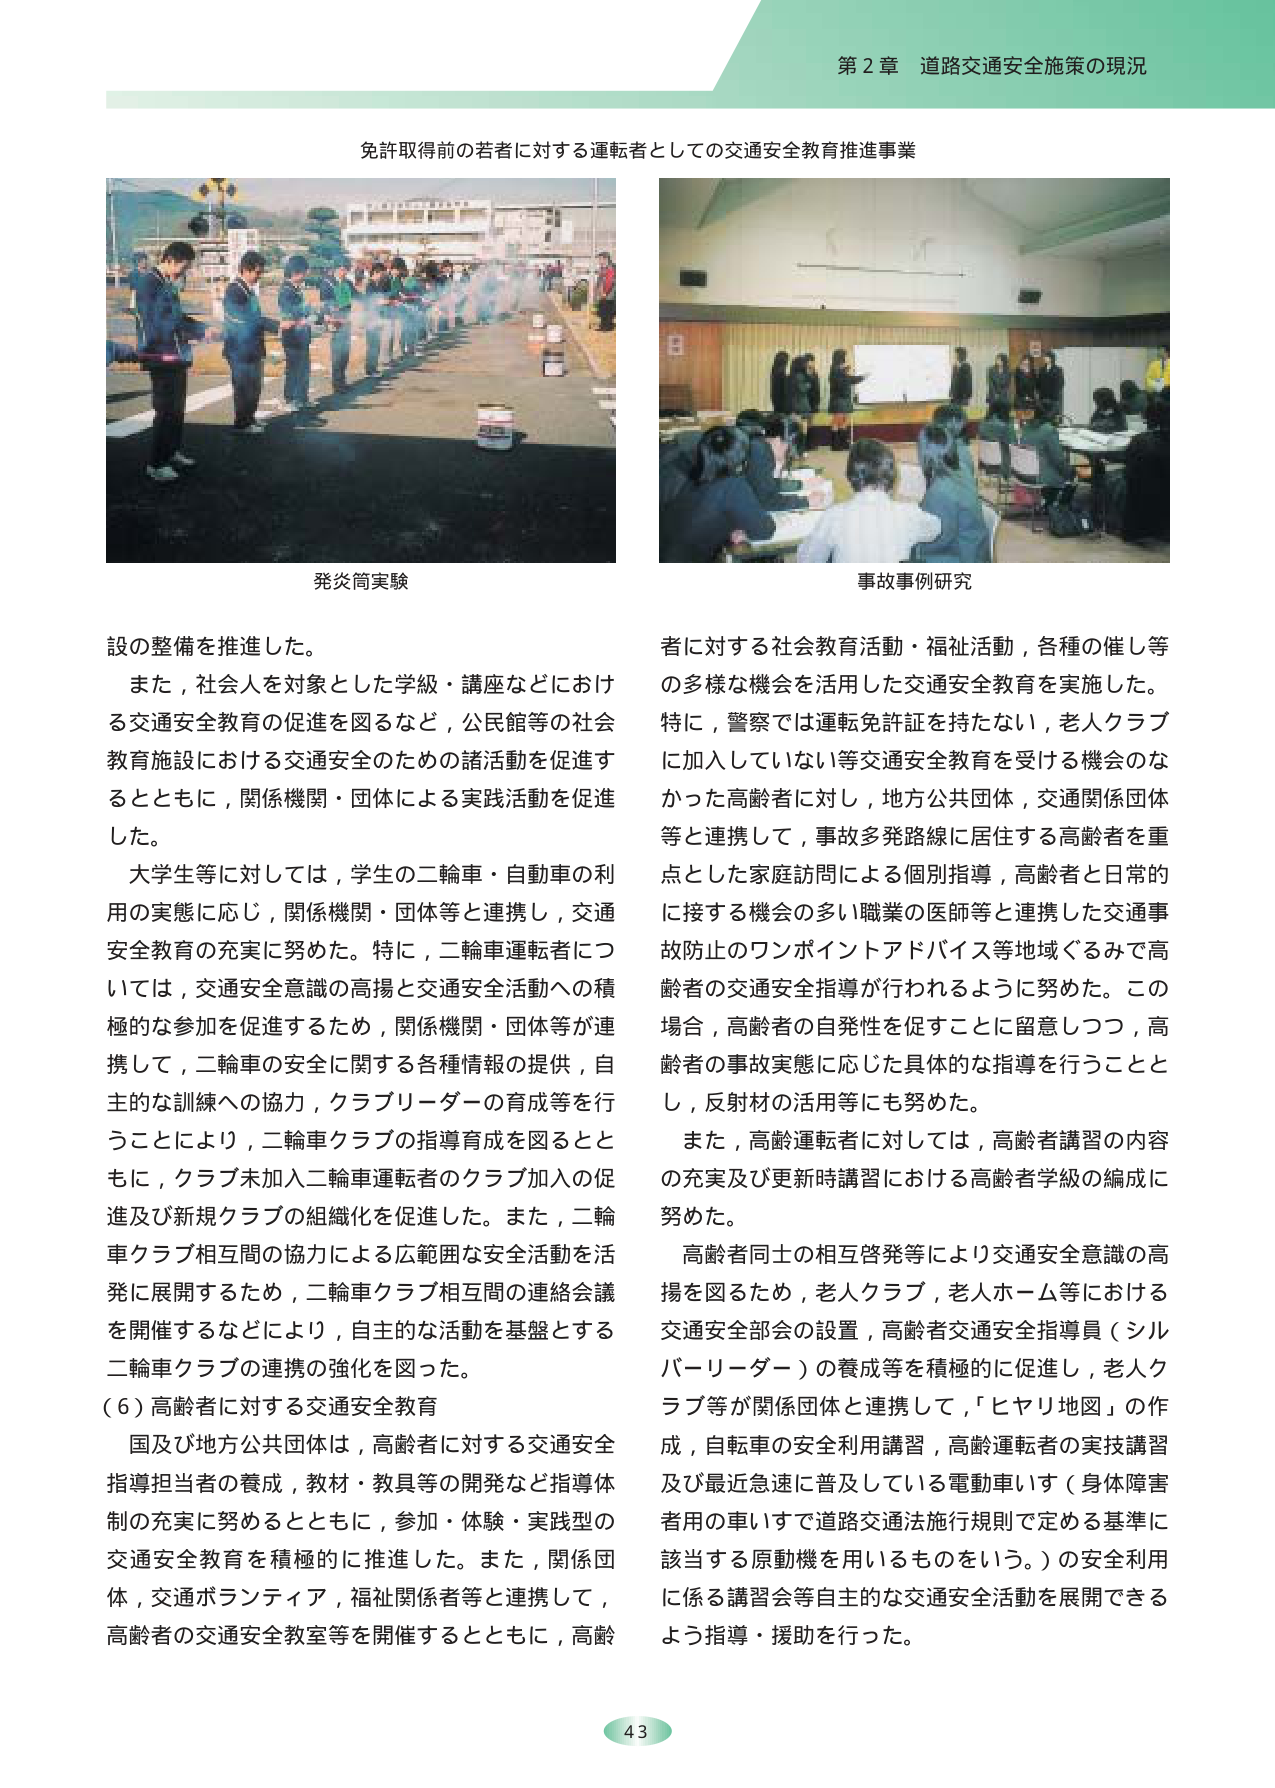
第２章 道路交通安全施策の現況

免許取得前の若者に対する運転者としての交通安全教育推進事業

発炎筒実験
事故事例研究

設の整備を推進した。
また，社会人を対象とした学級・講座などにおける交通安全教育の促進を図るなど，公民館等の社会教育施設における交通安全のための諸活動を促進するとともに，関係機関・団体による実践活動を促進した。
大学生等に対しては，学生の二輪車・自動車の利用の実態に応じ，関係機関・団体等と連携し，交通安全教育の充実に努めた。特に，二輪車運転者については，交通安全意識の高揚と交通安全活動への積極的な参加を促進するため，関係機関・団体等が連携して，二輪車の安全に関する各種情報の提供，自主的な訓練への協力，クラブリーダーの育成等を行うことにより，二輪車クラブの指導育成を図るとともに，クラブ未加入二輪車運転者のクラブ加入の促進及び新規クラブの組織化を促進した。また，二輪車クラブ相互間の協力による広範囲な安全活動を活発に展開するため，二輪車クラブ相互間の連絡会議を開催するなどにより，自主的な活動を基盤とする二輪車クラブの連携の強化を図った。
（６）高齢者に対する交通安全教育
国及び地方公共団体は，高齢者に対する交通安全指導担当者の養成，教材・教具等の開発など指導体制の充実に努めるとともに，参加・体験・実践型の交通安全教育を積極的に推進した。また，関係団体，交通ボランティア，福祉関係者等と連携して，高齢者の交通安全教室等を開催するとともに，高齢者に対する社会教育活動・福祉活動，各種の催し等の多様な機会を活用した交通安全教育を実施した。特に，警察では運転免許証を持たない，老人クラブに加入していない等交通安全教育を受ける機会のなかった高齢者に対し，地方公共団体，交通関係団体等と連携して，事故多発路線に居住する高齢者を重点とした家庭訪問による個別指導，高齢者と日常的に接する機会の多い職業の医師等と連携した交通事故防止のワンポイントアドバイス等地域ぐるみで高齢者の交通安全指導が行われるように努めた。この場合，高齢者の自発性を促すことに留意しつつ，高齢者の事故実態に応じた具体的な指導を行うこととし，反射材の活用等にも努めた。
また，高齢運転者に対しては，高齢者講習の内容の充実及び更新時講習における高齢者学級の編成に努めた。
高齢者同士の相互啓発等により交通安全意識の高揚を図るため，老人クラブ，老人ホーム等における交通安全部会の設置，高齢者交通安全指導員（シルバーリーダー）の養成等を積極的に促進し，老人クラブ等が関係団体と連携して，「ヒヤリ地図」の作成，自転車の安全利用講習，高齢運転者の実技講習及び最近急速に普及している電動車いす（身体障害者用の車いすで道路交通法施行規則で定める基準に該当する原動機を用いるものをいう。）の安全利用に係る講習会等自主的な交通安全活動を展開できるよう指導・援助を行った。

43